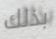
بذلك